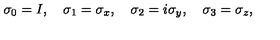
\sigma _ { 0 } = I , \quad \sigma _ { 1 } = \sigma _ { x } , \quad \sigma _ { 2 } = i \sigma _ { y } , \quad \sigma _ { 3 } = \sigma _ { z } ,